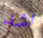
اشد